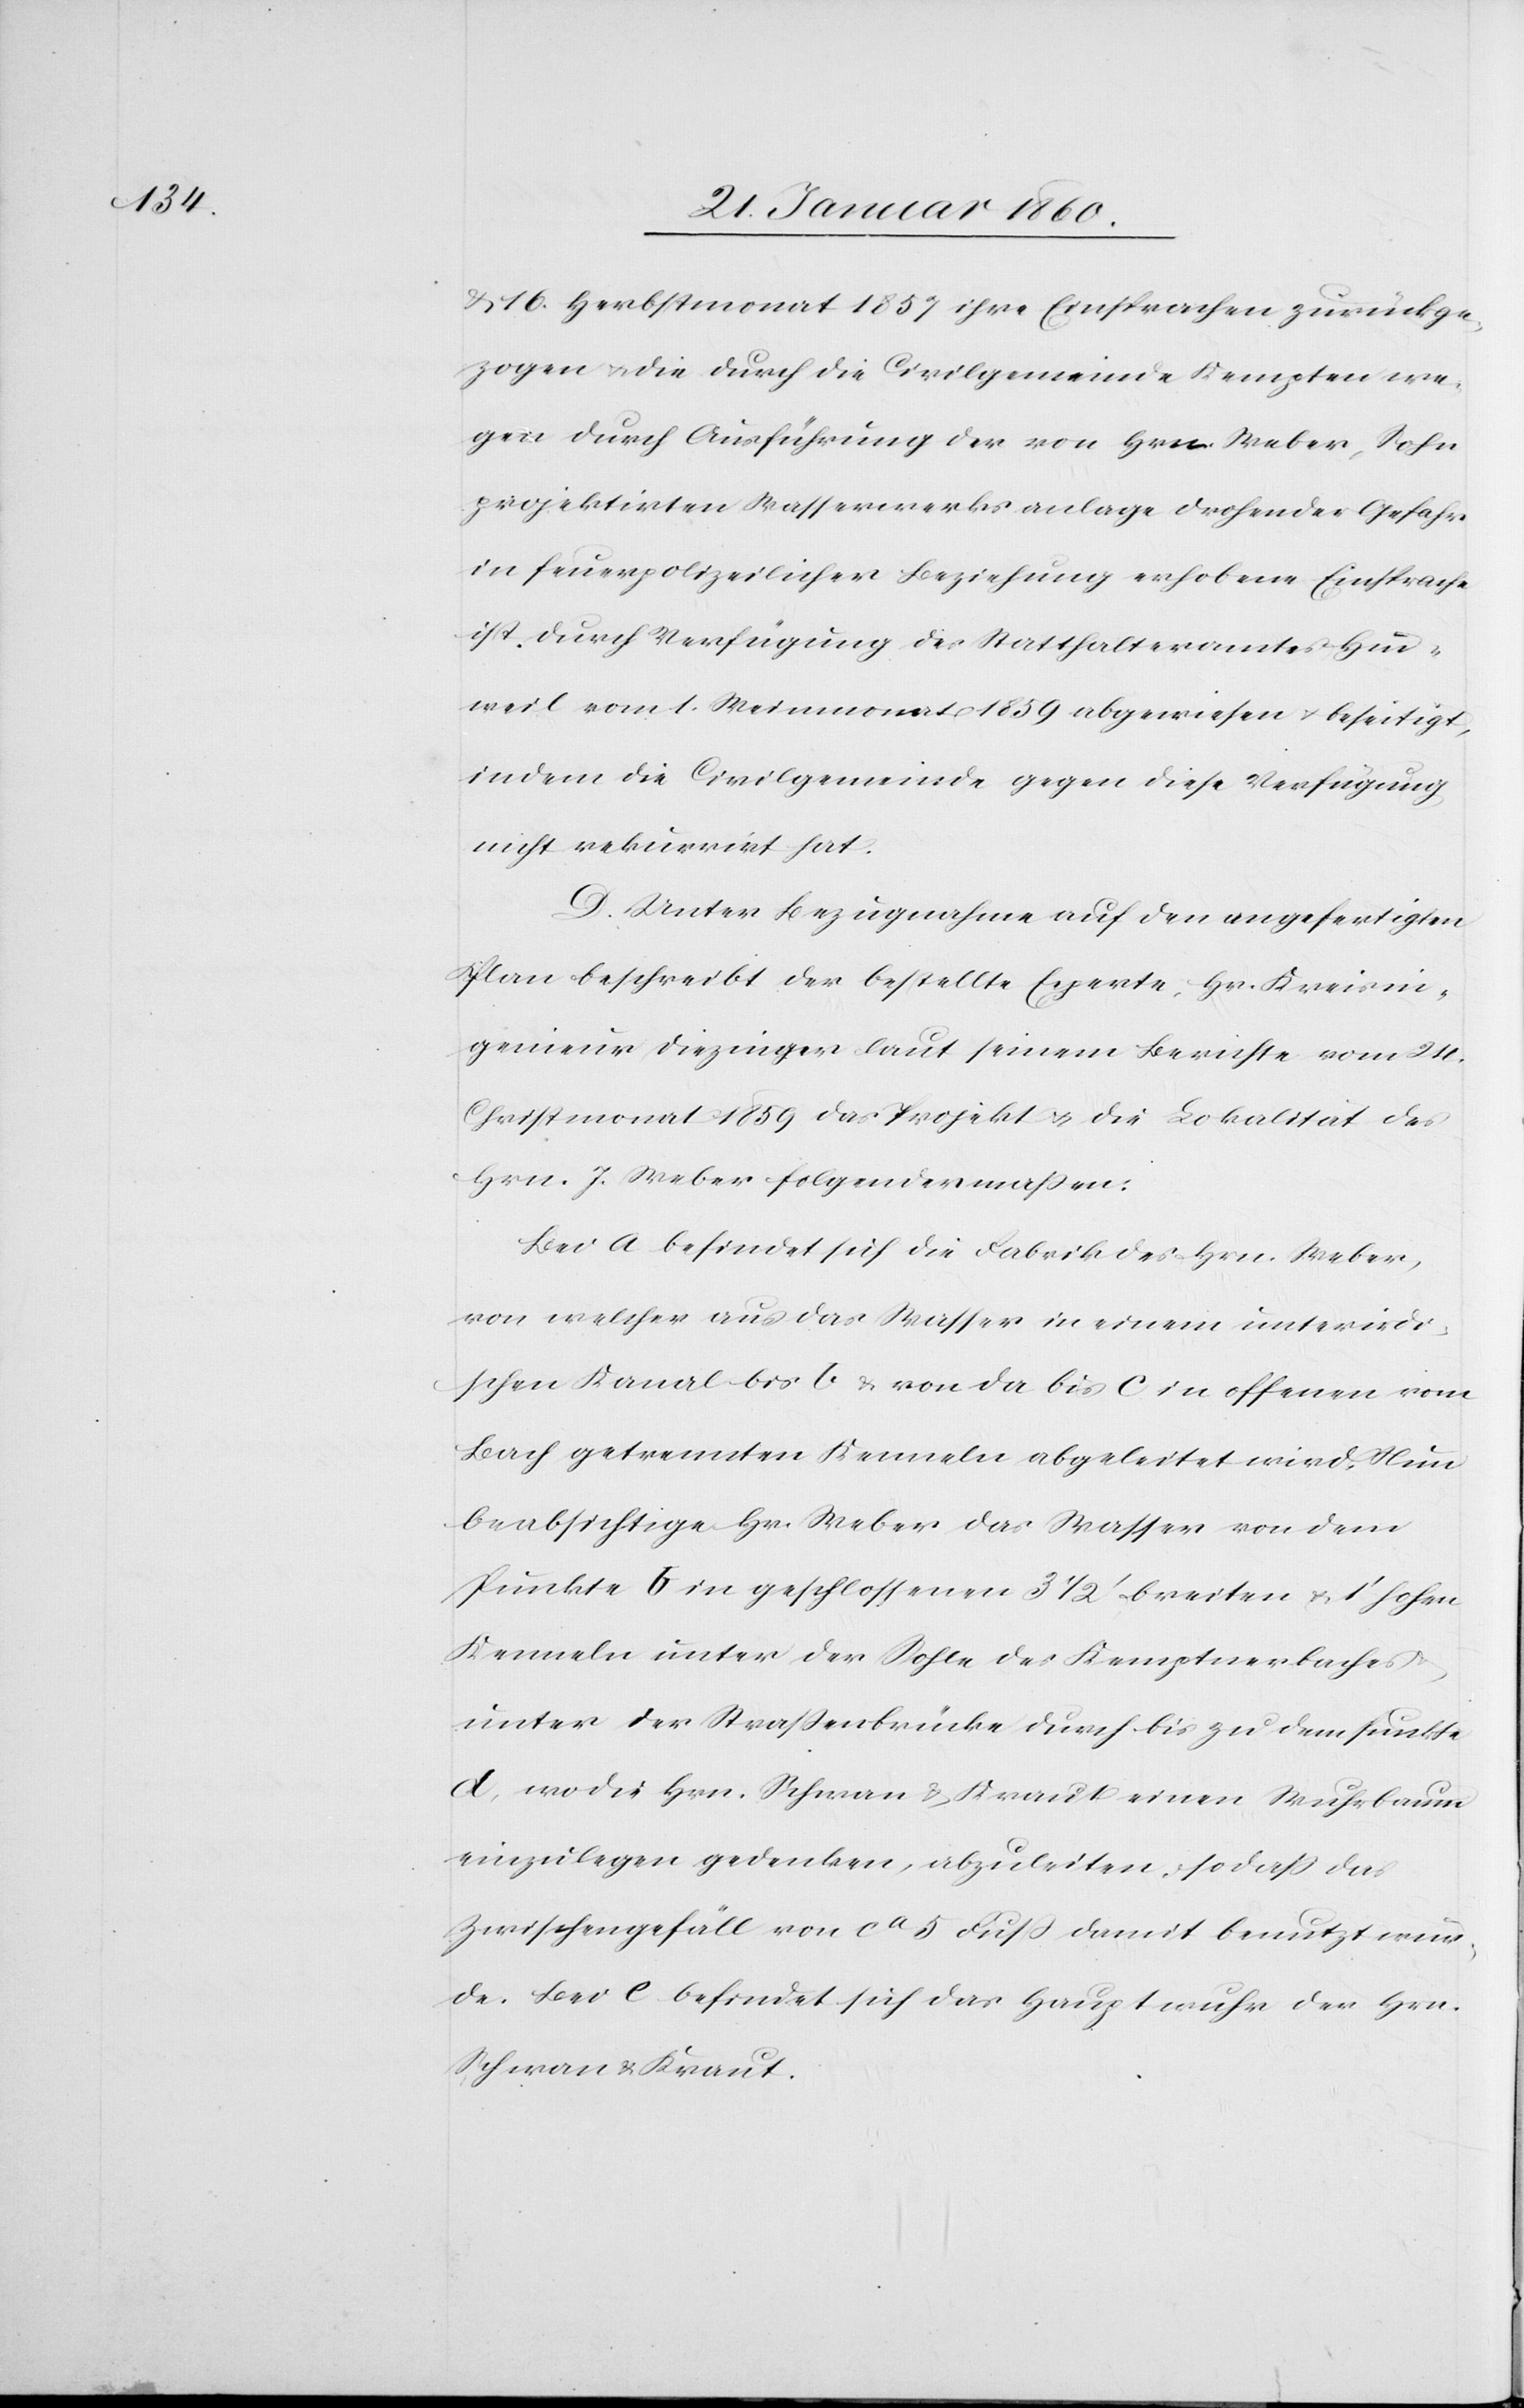
u. 16. Herbstmonat 1857 ihre Einsprachen zurückge¬
zogen u. die durch die Civilgemeinde Kempten we¬
gen durch Ausführung der von Hrn. Weber, Sohn
projektirten Wasserwerkesanlage drohender Gefahr
in feuerpolizeilicher Beziehung erhobene Einsprache
ist. Durch Verfügung des Statthalteramtes Hinn¬
weil vom 1. Weinmonat 1859 abgewiesen u. beseitigt,
indem die Civilgemeinde gegen diese Verfügung
nicht rekurrirt hat.
D. Unter Bezugnahme auf den angefertigten
Plan beschreibt der bestellte Experte Hrn. Kreisin¬
genieur Diezinger laut seinem Berichte vom 24.
Christmonat 1859 das Projekt u. die Lokalität des
Hrn. J. Weber folgendermaßen:
Bei a befindet sich die Fabrik des Hrn. Weber,
von welcher aus das Wasser in einem unterirdi¬
schen Kanal bis b u. von da bis c. in offenen vom
Bach getrennten Kenneln abgeleitet wird. Nun
beabsichtige Hr. Weber die Strassen von dem
Punkte b. in geschlossenen 3 1/2' breiten u. 1’ hohen
Kenneln unter der Sohle des Kemptenerbaches
unter der Strassenbrücke durch bis zu dem Punkte
d. wo die Hrn. Schwan u. Kraut einen Wuhrbaum
einzulegen gedenken, abzuleiten, so dass das
Zwischengefäll von ca 5 Fuß damit benutzt wur¬
de. Bei e befindet sich das Hauptwuhr der Hrn.
Schwan u. Kraut.